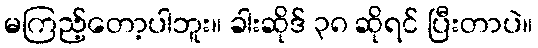
မကြည့်တော့ပါဘူး။ ခါးဆိုဒ် ၃၈ ဆိုရင် ပြီးတာပဲ။